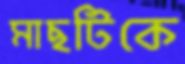
মাছটিকে